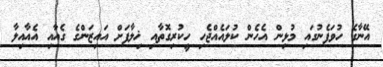
އޭނާގެ ހުވަފެނުގައި މުޅިން އެހެން ކުލައެއްޖެހި ހީކުރިގޮތާއި ޚިލާފަށް އައިޒަންގެ ގެއާއި އެއާއިލާ